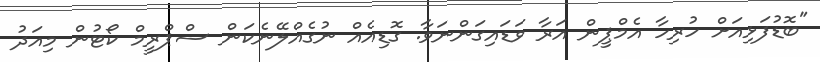
"ބޮޑުފަޅިއަށް ހުރިހާ އެމްޕީން އަރާ ވަޑައިގަންނަވާ. ގޮޑިއެއް ނުގެއްލޭނެކަން ސްޕްރީމް ކޯޓުން މިއަދު